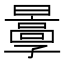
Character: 𡦬